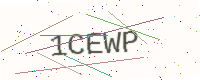
Text: 1CEWP